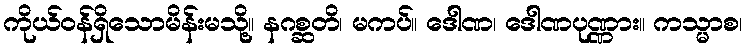
ကိုယ်ဝန်ရှိသောမိန်းမသို့။ နဂစ္ဆတိ၊ မကပ်။ ဒေါဏ၊ ဒေါဏပုဏ္ဏား။ ကသ္မာစ၊